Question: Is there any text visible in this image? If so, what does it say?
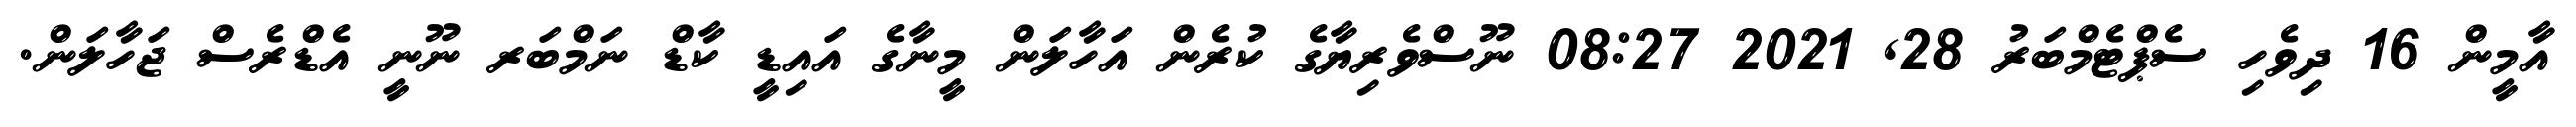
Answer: އާމީން 16 ދިވެހި ސެޕްޓެމްބަރު 28, 2021 08:27 ނޫސްވެރިޔާގެ ކުރެން އަހާލަން މީނާގެ އައިޑީ ކާޑް ނަމްބަރ ނޫނީ އެޑްރެސް ޖަހާލަން.